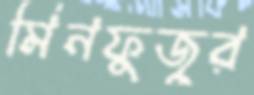
মিনফুজুর